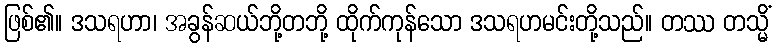
ဖြစ်၏။ ဒသရဟာ၊ အခွန်ဆယ်ဘို့တဘို့ ထိုက်ကုန်သော ဒသရဟမင်းတို့သည်။ တဿ တသ္မိံ